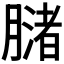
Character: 𬛒